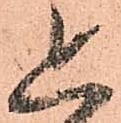
追